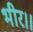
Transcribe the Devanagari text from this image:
भीर।।